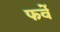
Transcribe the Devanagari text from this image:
फर्वे